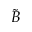
\tilde { B }